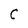
Character: C